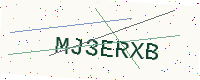
Text: MJ3ERXB